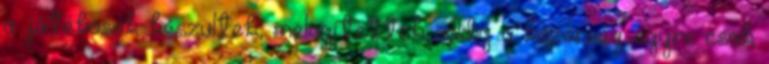
a játékosok készültek, melegítettek addig a közönség egyre csak